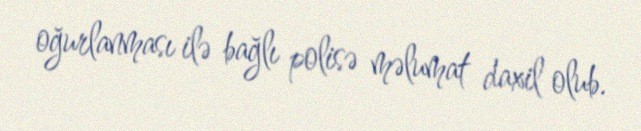
oğurlanması ilə bağlı polisə məlumat daxil olub.